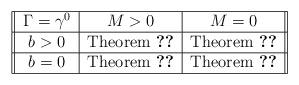
LaTeX: \begin{align*}\begin{tabular}{||c|c|c||}\hline$\Gamma = \gamma^0$ & $M>0$ & $M=0$ \\\hline$b>0$ & Theorem \ref{gwp-hartree4} & Theorem \ref{gwp-hartree2} \\\hline$b =0$ & Theorem \ref{nonscatter-thm} & Theorem \ref{gwp-hartree2} \\\hline\end{tabular}\end{align*}